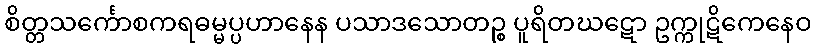
စိတ္တသင်္ကောစကရဓမ္မပ္ပဟာနေန ပသာဒသောတဉ္စ ပူရိတဃဋော ဥက္ကုဋိကေနေဝ